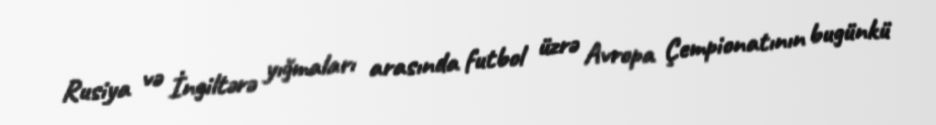
Rusiya və İngiltərə yığmaları arasında futbol üzrə Avropa Çempionatının bugünkü